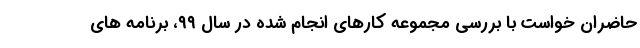
حاضران خواست با بررسی مجموعه کارهای انجام شده در سال ۹۹، برنامه های